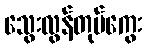
သွေးလွန်တုပ်ကွေး